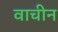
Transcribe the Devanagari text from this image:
वाचीन